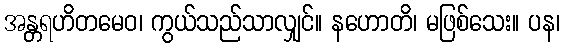
အန္တရဟိတမေဝ၊ ကွယ်သည်သာလျှင်။ နဟောတိ၊ မဖြစ်သေး။ ပန၊